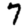
Digit: 7